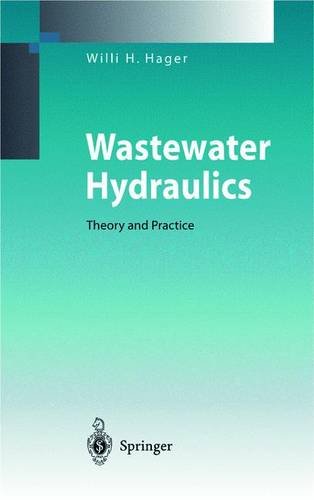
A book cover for Wastewater Hydraulics: Theory and Practice; Willi H. Hager; Science & Math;